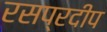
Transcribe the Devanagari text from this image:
रसप्रदीप